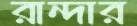
রান্দার